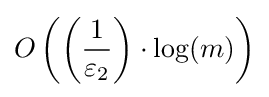
O\left(\left({\dfrac {1}{\varepsilon _{2}}}\right)\cdot \log(m)\right)